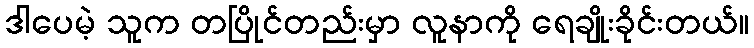
ဒါပေမဲ့ သူက တပြိုင်တည်းမှာ လူနာကို ရေချိုးခိုင်းတယ်။